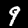
Digit: 9